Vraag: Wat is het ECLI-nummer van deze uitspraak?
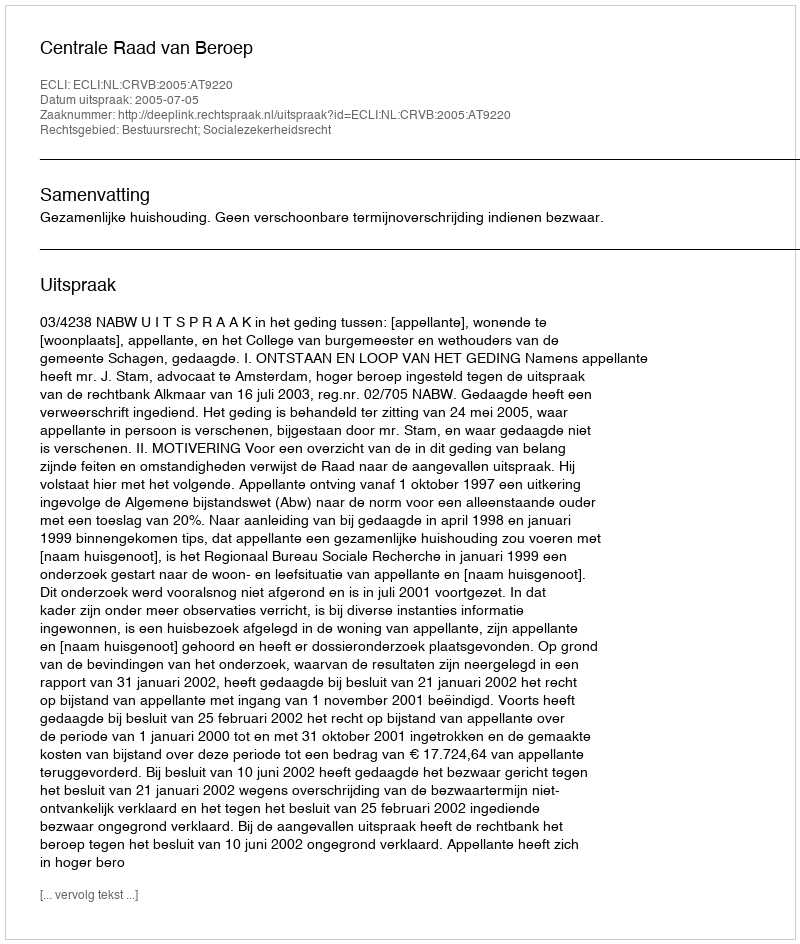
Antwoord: ECLI:NL:CRVB:2005:AT9220